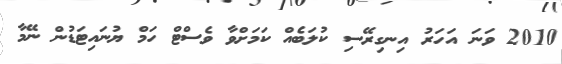
2010 ވަނަ އަހަރު އިނގިރޭސި ކުލަބެއް ކަމަށްވާ ވެސްޓް ހަމް ޔުނައިޓަޑުން ނޭމާ